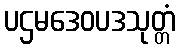
ပဌမဒေဝပဒသုတ္တံ